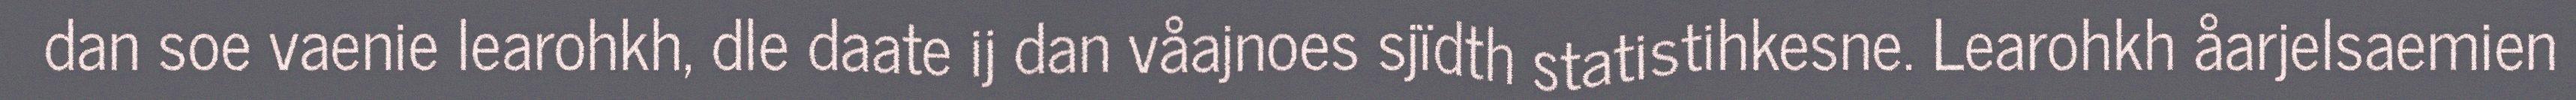
dan soe vaenie learohkh, dle daate ij dan våajnoes sjïdth statistihkesne. Learohkh åarjelsaemien